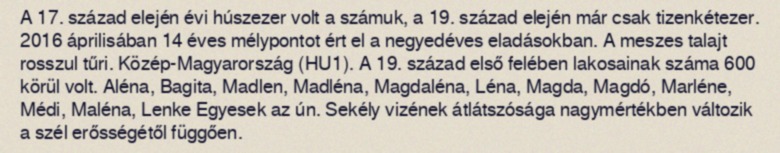
A 17. század elején évi húszezer volt a számuk, a 19. század elején már csak tizenkétezer. 2016 áprilisában 14 éves mélypontot ért el a negyedéves eladásokban. A meszes talajt rosszul tűri. Közép-Magyarország (HU1). A 19. század első felében lakosainak száma 600 körül volt. Aléna, Bagita, Madlen, Madléna, Magdaléna, Léna, Magda, Magdó, Marléne, Médi, Maléna, Lenke Egyesek az ún. Sekély vizének átlátszósága nagymértékben változik a szél erősségétől függően.